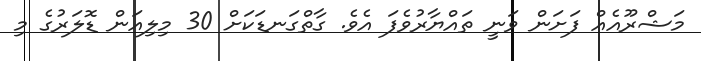
މަޝްރޫއެއް ފަށަން ވަނީ ތައްޔާރުވެފަ އެވެ. ގާތްގަނޑަކަށް 30 މިލިއަން ޑޮލަރުގެ މި